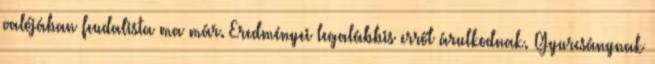
valójában feudalista ma már. Eredményei legalábbis erről árulkodnak. Gyurcsánynak